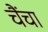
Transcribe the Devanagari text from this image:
चैंचा